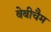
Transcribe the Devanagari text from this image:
बेबीचैम